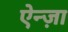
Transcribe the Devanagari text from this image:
ऐन्ज़ा